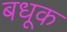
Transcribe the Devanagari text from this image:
बधूक